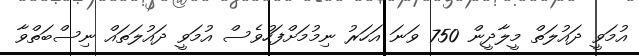
އުމަވީ ދައުލަތް މީލާދީން 750 ވަނަ އަހަރު ނިމުމަށްފަހުވެސް އުމަވީ ދައުލަތައް ނިސްބަތްވާ